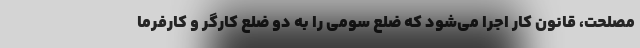
مصلحت، قانون کار اجرا می‌شود که ضلع سومی را به دو ضلع کارگر و کارفرما